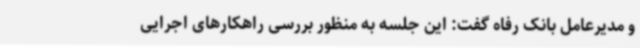
و مدیرعامل بانک رفاه گفت: این جلسه به منظور بررسی راهکارهای اجرایی